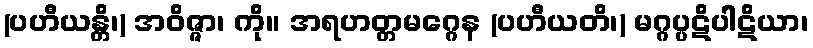
(ပဟီယန္တိ၊) အဝိဇ္ဇာ၊ ကို။ အရဟတ္တမဂ္ဂေန (ပဟီယတိ၊) မဂ္ဂပ္ပဋိပါဋိယာ၊